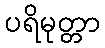
ပရိမုတ္တာ